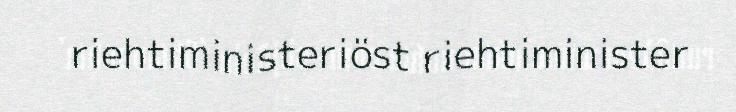
riehtiministeriöst riehtiminister